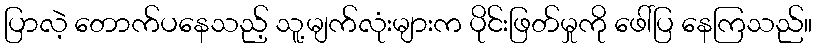
ပြာလဲ့ တောက်ပနေသည့် သူ့မျက်လုံးများက ပိုင်းဖြတ်မှုကို ဖေါ်ပြ နေကြသည်။